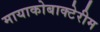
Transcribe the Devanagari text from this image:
मायाकोबाक्टेरीम